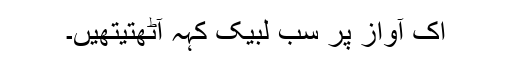
اک آواز پر سب لبیک کہہ آٹھتیتھیں۔